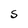
Character: S